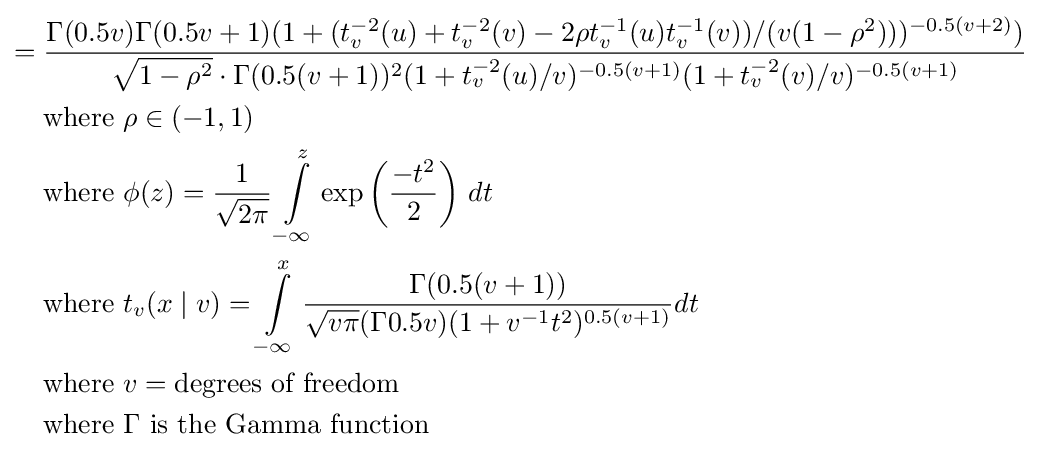
{\begin{aligned}={}&{\frac {\Gamma (0.5v)\Gamma (0.5v+1)(1+(t_{v}^{-2}(u)+t_{v}^{-2}(v)-2\rho t_{v}^{-1}(u)t_{v}^{-1}(v))/(v(1-\rho ^{2})))^{-0.5(v+2)})}{{\sqrt {1-\rho ^{2}}}\cdot \Gamma (0.5(v+1))^{2}(1+t_{v}^{-2}(u)/v)^{-0.5(v+1)}(1+t_{v}^{-2}(v)/v)^{-0.5(v+1)}}}\\&{\text{where }}\rho \in (-1,1)\\&{\text{where }}\phi (z)={\frac {1}{\sqrt {2\pi }}}\int \limits _{-\infty }^{z}\exp \left({\frac {-t^{2}}{2}}\right)\,dt\\&{\text{where }}t_{v}(x\mid v)=\int \limits _{-\infty }^{x}{\frac {\Gamma {(0.5(v+1))}}{{\sqrt {v\pi }}(\Gamma {0.5v})(1+v^{-1}t^{2})^{0.5(v+1)}}}dt\\&{\text{where }}v={\text{degrees of freedom}}\\&{\text{where }}\Gamma {\text{ is the Gamma function}}\end{aligned}}